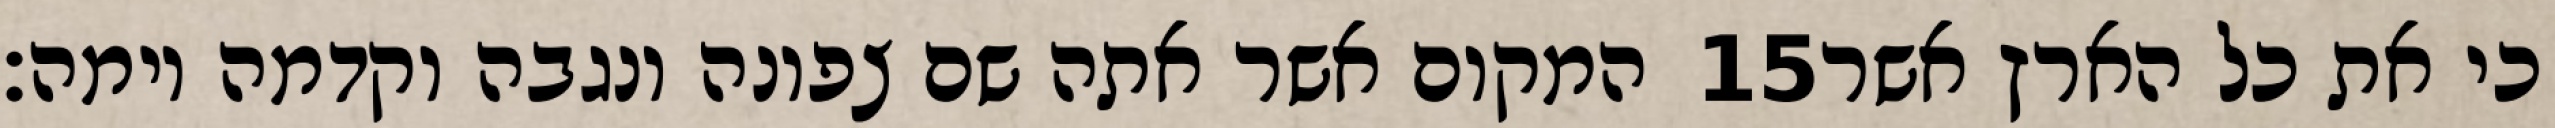
המקום אשר אתה שם צפונה ונגבה וקדמה וימה׃ ‎15‏ כי את כל הארץ אשר